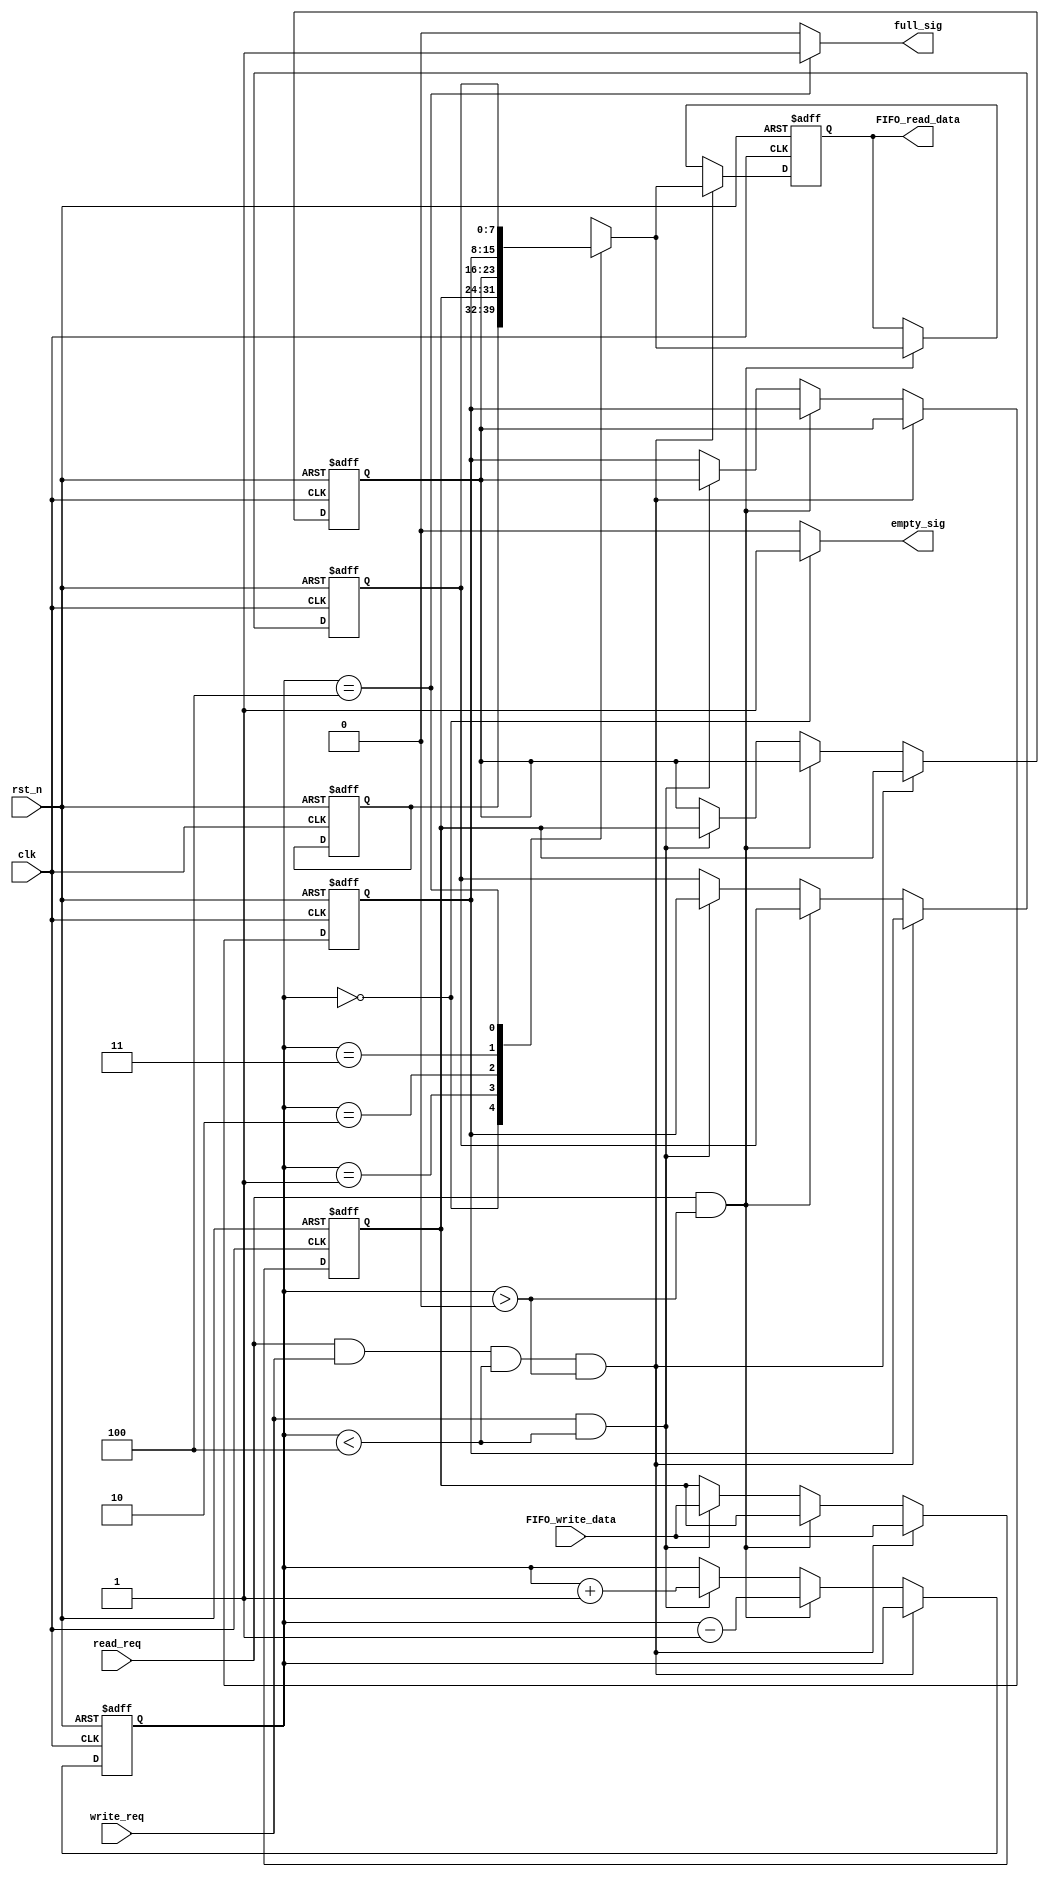
module fifo_module(
    clk,
    rst_n,
    write_req,
    FIFO_write_data,
    read_req,
    FIFO_read_data,
    full_sig,
    empty_sig
    );
    
    input clk;
    input rst_n;
    
    input write_req;
    input [7:0]FIFO_write_data;
    
    input read_req;
    output [7:0]FIFO_read_data;
    
    output full_sig;
    output empty_sig;
    
    /**************************/
    
    parameter DEEP = 3'd4;
    
    reg [7:0]shift[DEEP:0];
    reg [2:0]count; //
    reg [7:0]data;
    
    always @(posedge clk or negedge rst_n) begin
        if (!rst_n) begin
            shift[0] <= 8'd0;
            shift[1] <= 8'd0;
            shift[2] <= 8'd0;
            shift[3] <= 8'd0;
            shift[4] <= 8'd0;
            count <= 3'd0;
            data <= 8'd0;
        end
        else if (read_req && write_req && count < DEEP && count > 0) begin // -- 
            shift[1] <= FIFO_write_data;
            shift[2] <= shift[1];
            shift[3] <= shift[2];
            shift[4] <= shift[3];
            data <= shift[count];
        end
        else if (read_req && count > 0) begin //
            data <= shift[count];
            count <= count - 1'b1;
        end
        else if (write_req && count < DEEP) begin //
            shift[1] <= FIFO_write_data;
            shift[2] <= shift[1];
            shift[3] <= shift[2];
            shift[4] <= shift[3];
            
            count <= count + 1'b1;
        end
    end
    
    assign FIFO_read_data = data;
    assign full_sig = (count == DEEP) ? 1'b1 : 1'b0;
    assign empty_sig = (count == 0) ? 1'b1 : 1'b0;
    
endmodule